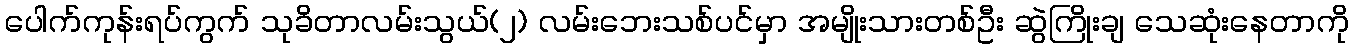
ပေါက်ကုန်းရပ်ကွက် သုခိတာလမ်းသွယ်(၂) လမ်းဘေးသစ်ပင်မှာ အမျိုးသားတစ်ဦး ဆွဲကြိုးချ သေဆုံးနေတာကို